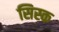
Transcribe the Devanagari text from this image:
सिस्क